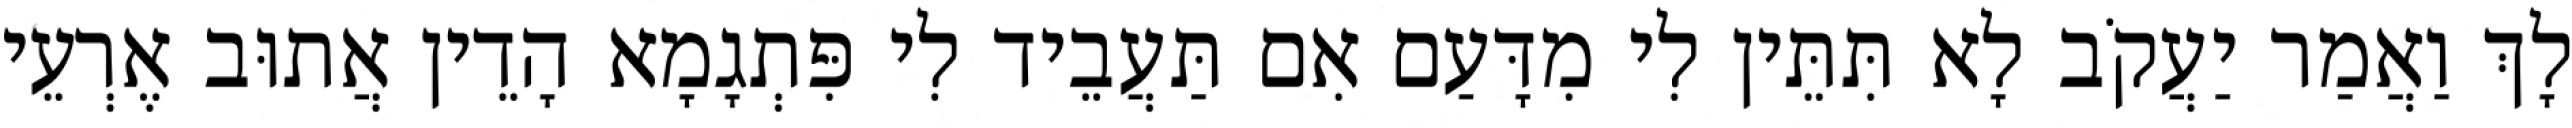
לָךְ וַאֲמַר יַעֲקֹב לָא תִּתֵּין לִי מִדָּעַם אִם תַּעֲבֵיד לִי פִּתְגָמָא הָדֵין אֲתוּב אֶרְעֵי